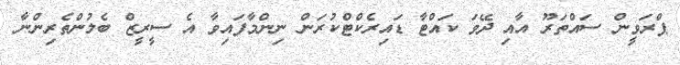
ޕްރަވީން ސައްތަރޫ އާއި ދޭވަ ކައްޓާ ޑައިރެކްޓްކުރަން ނިންމާފައިވާ އެ ސީރީޒް ބެލުންތެރިންނާ